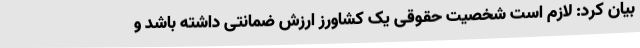
بیان کرد: لازم است شخصیت حقوقی یک کشاورز ارزش ضمانتی داشته باشد و